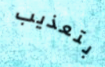
بتعذيب